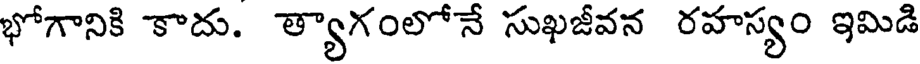
భోగానికి కాదు. త్యాగంలోనే సుఖజీవన రహస్యం ఇమిడి